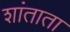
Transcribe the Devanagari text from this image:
शांताता